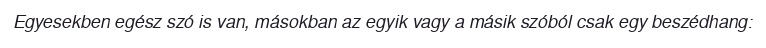
Egyesekben egész szó is van, másokban az egyik vagy a másik szóból csak egy beszédhang: